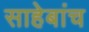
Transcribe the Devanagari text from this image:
साहेबांच